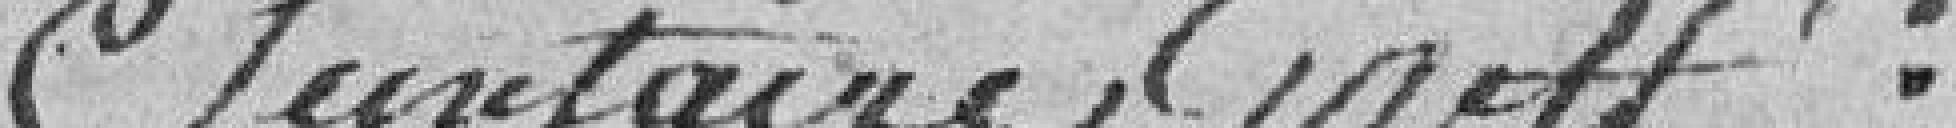
Secrétaire Greff[ie]r